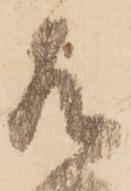
左